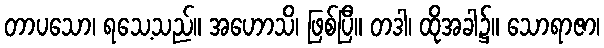
တာပသော၊ ရသေ့သည်။ အဟောသိ၊ ဖြစ်ပြီ။ တဒါ၊ ထိုအခါ၌။ သောရာဇာ၊